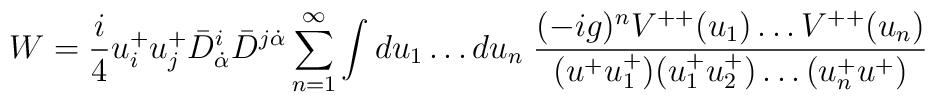
W = {i\over 4} u^+_iu^+_j \bar D^i_{\dot\alpha}\bar D^{j\dot\alpha}\sum^\infty_{n=1} \int du_1\ldots du_n\; {(-ig)^{n} V^{++}(u_1) \ldots V^{++}(u_n) \over (u^+u^+_1)(u^+_1u^+_2) \ldots (u^+_nu^+)}